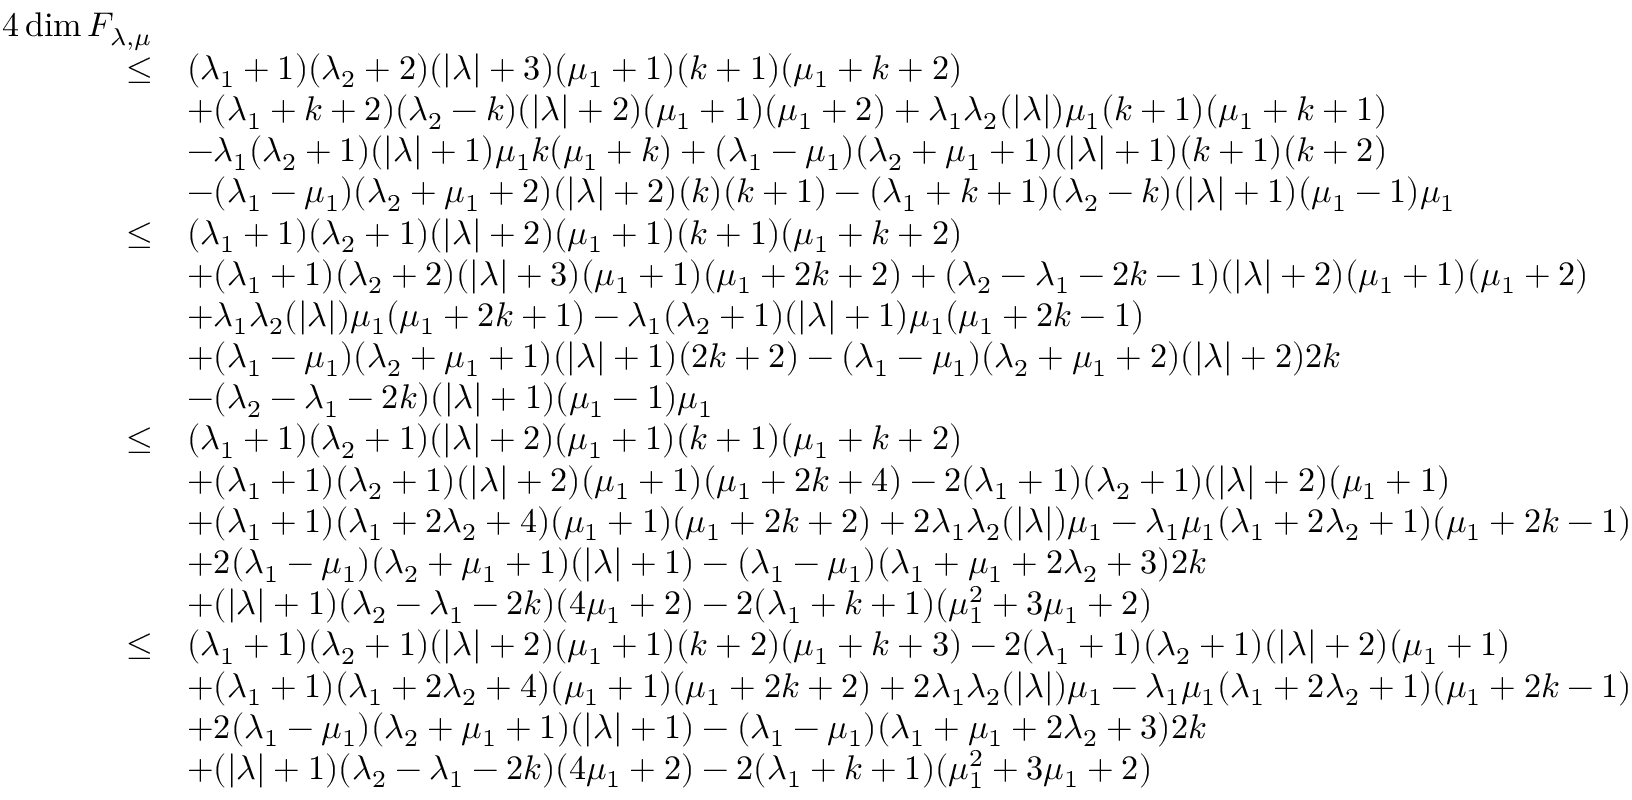
\begin{array} { r l } { 4 \dim \cal F _ { \lambda , \mu } } \\ { \leq } & { ( \lambda _ { 1 } + 1 ) ( \lambda _ { 2 } + 2 ) ( | \lambda | + 3 ) ( \mu _ { 1 } + 1 ) ( k + 1 ) ( \mu _ { 1 } + k + 2 ) } \\ & { + ( \lambda _ { 1 } + k + 2 ) ( \lambda _ { 2 } - k ) ( | \lambda | + 2 ) ( \mu _ { 1 } + 1 ) ( \mu _ { 1 } + 2 ) + \lambda _ { 1 } \lambda _ { 2 } ( | \lambda | ) \mu _ { 1 } ( k + 1 ) ( \mu _ { 1 } + k + 1 ) } \\ & { - \lambda _ { 1 } ( \lambda _ { 2 } + 1 ) ( | \lambda | + 1 ) \mu _ { 1 } k ( \mu _ { 1 } + k ) + ( \lambda _ { 1 } - \mu _ { 1 } ) ( \lambda _ { 2 } + \mu _ { 1 } + 1 ) ( | \lambda | + 1 ) ( k + 1 ) ( k + 2 ) } \\ & { - ( \lambda _ { 1 } - \mu _ { 1 } ) ( \lambda _ { 2 } + \mu _ { 1 } + 2 ) ( | \lambda | + 2 ) ( k ) ( k + 1 ) - ( \lambda _ { 1 } + k + 1 ) ( \lambda _ { 2 } - k ) ( | \lambda | + 1 ) ( \mu _ { 1 } - 1 ) \mu _ { 1 } } \\ { \leq } & { ( \lambda _ { 1 } + 1 ) ( \lambda _ { 2 } + 1 ) ( | \lambda | + 2 ) ( \mu _ { 1 } + 1 ) ( k + 1 ) ( \mu _ { 1 } + k + 2 ) } \\ & { + ( \lambda _ { 1 } + 1 ) ( \lambda _ { 2 } + 2 ) ( | \lambda | + 3 ) ( \mu _ { 1 } + 1 ) ( \mu _ { 1 } + 2 k + 2 ) + ( \lambda _ { 2 } - \lambda _ { 1 } - 2 k - 1 ) ( | \lambda | + 2 ) ( \mu _ { 1 } + 1 ) ( \mu _ { 1 } + 2 ) } \\ & { + \lambda _ { 1 } \lambda _ { 2 } ( | \lambda | ) \mu _ { 1 } ( \mu _ { 1 } + 2 k + 1 ) - \lambda _ { 1 } ( \lambda _ { 2 } + 1 ) ( | \lambda | + 1 ) \mu _ { 1 } ( \mu _ { 1 } + 2 k - 1 ) } \\ & { + ( \lambda _ { 1 } - \mu _ { 1 } ) ( \lambda _ { 2 } + \mu _ { 1 } + 1 ) ( | \lambda | + 1 ) ( 2 k + 2 ) - ( \lambda _ { 1 } - \mu _ { 1 } ) ( \lambda _ { 2 } + \mu _ { 1 } + 2 ) ( | \lambda | + 2 ) 2 k } \\ & { - ( \lambda _ { 2 } - \lambda _ { 1 } - 2 k ) ( | \lambda | + 1 ) ( \mu _ { 1 } - 1 ) \mu _ { 1 } } \\ { \leq } & { ( \lambda _ { 1 } + 1 ) ( \lambda _ { 2 } + 1 ) ( | \lambda | + 2 ) ( \mu _ { 1 } + 1 ) ( k + 1 ) ( \mu _ { 1 } + k + 2 ) } \\ & { + ( \lambda _ { 1 } + 1 ) ( \lambda _ { 2 } + 1 ) ( | \lambda | + 2 ) ( \mu _ { 1 } + 1 ) ( \mu _ { 1 } + 2 k + 4 ) - 2 ( \lambda _ { 1 } + 1 ) ( \lambda _ { 2 } + 1 ) ( | \lambda | + 2 ) ( \mu _ { 1 } + 1 ) } \\ & { + ( \lambda _ { 1 } + 1 ) ( \lambda _ { 1 } + 2 \lambda _ { 2 } + 4 ) ( \mu _ { 1 } + 1 ) ( \mu _ { 1 } + 2 k + 2 ) + 2 \lambda _ { 1 } \lambda _ { 2 } ( | \lambda | ) \mu _ { 1 } - \lambda _ { 1 } \mu _ { 1 } ( \lambda _ { 1 } + 2 \lambda _ { 2 } + 1 ) ( \mu _ { 1 } + 2 k - 1 ) } \\ & { + 2 ( \lambda _ { 1 } - \mu _ { 1 } ) ( \lambda _ { 2 } + \mu _ { 1 } + 1 ) ( | \lambda | + 1 ) - ( \lambda _ { 1 } - \mu _ { 1 } ) ( \lambda _ { 1 } + \mu _ { 1 } + 2 \lambda _ { 2 } + 3 ) 2 k } \\ & { + ( | \lambda | + 1 ) ( \lambda _ { 2 } - \lambda _ { 1 } - 2 k ) ( 4 \mu _ { 1 } + 2 ) - 2 ( \lambda _ { 1 } + k + 1 ) ( \mu _ { 1 } ^ { 2 } + 3 \mu _ { 1 } + 2 ) } \\ { \leq } & { ( \lambda _ { 1 } + 1 ) ( \lambda _ { 2 } + 1 ) ( | \lambda | + 2 ) ( \mu _ { 1 } + 1 ) ( k + 2 ) ( \mu _ { 1 } + k + 3 ) - 2 ( \lambda _ { 1 } + 1 ) ( \lambda _ { 2 } + 1 ) ( | \lambda | + 2 ) ( \mu _ { 1 } + 1 ) } \\ & { + ( \lambda _ { 1 } + 1 ) ( \lambda _ { 1 } + 2 \lambda _ { 2 } + 4 ) ( \mu _ { 1 } + 1 ) ( \mu _ { 1 } + 2 k + 2 ) + 2 \lambda _ { 1 } \lambda _ { 2 } ( | \lambda | ) \mu _ { 1 } - \lambda _ { 1 } \mu _ { 1 } ( \lambda _ { 1 } + 2 \lambda _ { 2 } + 1 ) ( \mu _ { 1 } + 2 k - 1 ) } \\ & { + 2 ( \lambda _ { 1 } - \mu _ { 1 } ) ( \lambda _ { 2 } + \mu _ { 1 } + 1 ) ( | \lambda | + 1 ) - ( \lambda _ { 1 } - \mu _ { 1 } ) ( \lambda _ { 1 } + \mu _ { 1 } + 2 \lambda _ { 2 } + 3 ) 2 k } \\ & { + ( | \lambda | + 1 ) ( \lambda _ { 2 } - \lambda _ { 1 } - 2 k ) ( 4 \mu _ { 1 } + 2 ) - 2 ( \lambda _ { 1 } + k + 1 ) ( \mu _ { 1 } ^ { 2 } + 3 \mu _ { 1 } + 2 ) } \end{array}